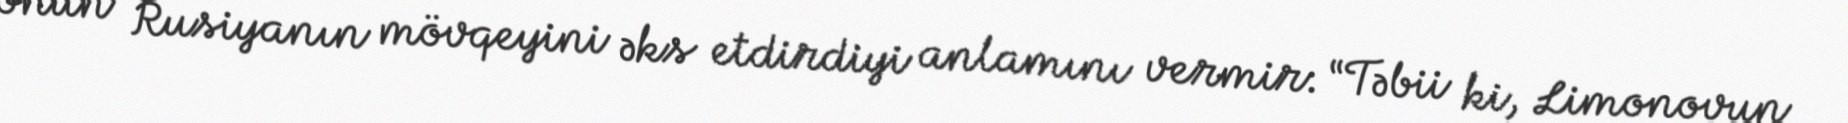
onun Rusiyanın mövqeyini əks etdirdiyi anlamını vermir: “Təbii ki, Limonovun